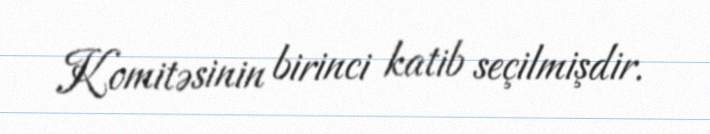
Komitəsinin birinci katib seçilmişdir.